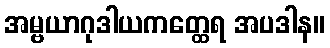
အမ္ဗယာဂုဒါယကတ္ထေရ အပဒါန။